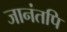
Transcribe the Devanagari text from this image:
जानंतपि